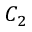
C _ { 2 }